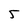
Character: 5